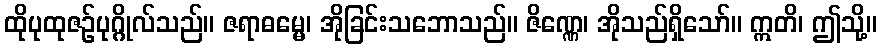
ထိုပုထုဇဉ်ပုဂ္ဂိုလ်သည်။ ဇရာဓမ္မေ၊ အိုခြင်းသဘောသည်။ ဇိဏ္ဏေ၊ အိုသည်ရှိသော်။ ဣတိ၊ ဤသို့။